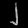
Digit: ၂